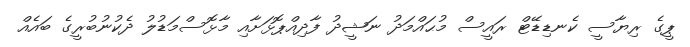
ޕީގެ ރިޔާސީ ކެނޑިޑޭޓް ރައީސް މުޙައްމަދު ނަޝީދު ފާދިއްޕޮޅަށާއި މާޅޮސްމަޑުލު ދެކުނުބުރީގެ ބައެއް